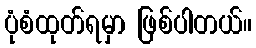
ပုံစံထုတ်ရမှာ ဖြစ်ပါတယ်။